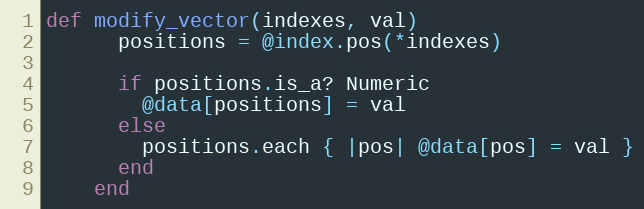
Language: Ruby
def modify_vector(indexes, val)
      positions = @index.pos(*indexes)

      if positions.is_a? Numeric
        @data[positions] = val
      else
        positions.each { |pos| @data[pos] = val }
      end
    end